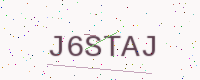
Text: J6STAJ